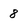
Character: 8